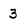
Character: 3